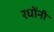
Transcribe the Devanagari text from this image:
रधोंनी